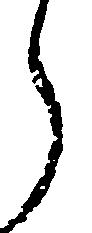
ら